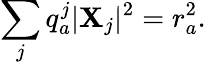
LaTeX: \sum_{j}q_{a}^{j}|\mathbf{X}_{j}|^{2}=r_{a}^{2}.